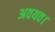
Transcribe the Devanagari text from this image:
अवयव।